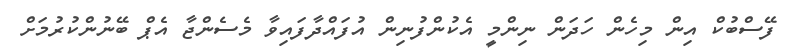
ފޭސްބުކް އިން މިހެން ހަދަން ނިންމީ އެކުންފުނިން އުފައްދާފައިވާ މެސެންޖާ އެޕް ބޭނުންކުރުމަށް